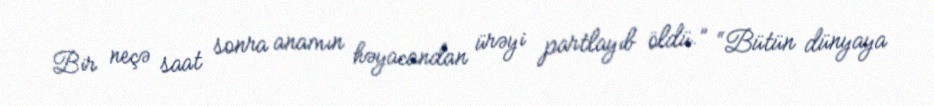
Bir neçə saat sonra anamın həyacandan ürəyi partlayıb öldü.” “Bütün dünyaya